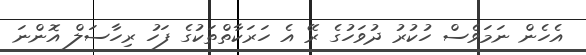
އެހެން ނަމަވެސް ހުކުރު ދުވަހުގެ ރޭ އެ ހަރަކާތްތަކުގެ ފަހު ރިހާސަލް އޮންނަ